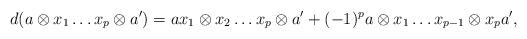
LaTeX: \begin{align*} d(a \otimes x_1 \ldots x_{p} \otimes a') =ax_1\otimes x_2 \ldots x_{p}\otimes a'+(-1)^p a \otimes x_1 \ldots x_{p-1}\otimes x_{p} a',\end{align*}